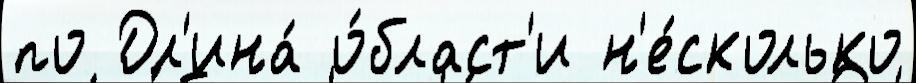
по Дл'ина́ о́бласт'и н'е́сколько